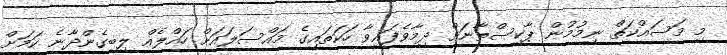
މި މަސައްކަތް ނިމުމުން ޕާކިސްތާނަށް ދިމާވެފައިވާ ހަކަތައިގެ މައްސަލައަށް ހައްލެއް ލިބިގެންދާނެ ކަމަށް